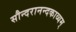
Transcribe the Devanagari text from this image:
सौन्दरानन्दकाव्यम्